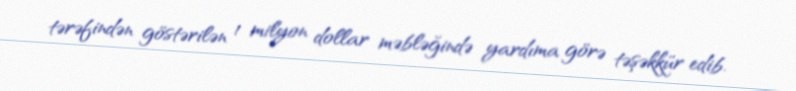
tərəfindən göstərilən 1 milyon dollar məbləğində yardıma görə təşəkkür edib.